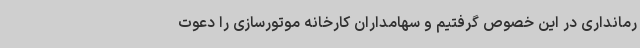
رمانداری در این خصوص گرفتیم و سهامداران کارخانه موتورسازی را دعوت